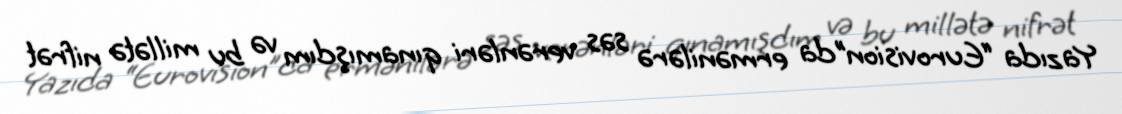
Yazıda “Eurovision”da ermənilərə səs verənləri qınamışdım və bu millətə nifrət